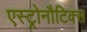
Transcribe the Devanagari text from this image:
एस्ट्रोनौटिक्स